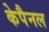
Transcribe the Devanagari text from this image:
केपैनल